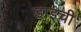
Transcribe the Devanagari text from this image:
डाइची